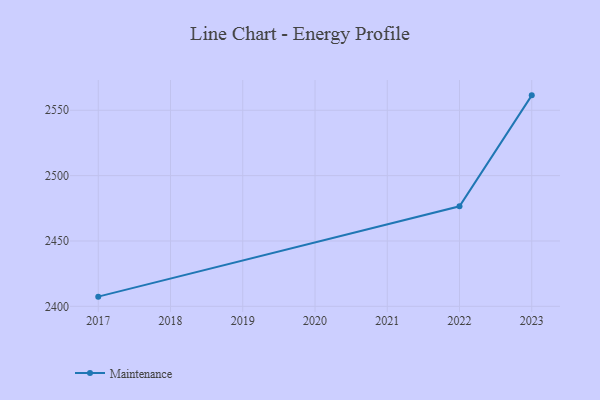
{"axis": {"x": "Year", "y": "Customer Acquisition Cost (USD)"}, "legend": ["Maintenance"], "data": [{"x": "2017", "y": 2407.4, "type": "Maintenance"}, {"x": "2022", "y": 2476.5, "type": "Maintenance"}, {"x": "2023", "y": 2561.4, "type": "Maintenance"}]}